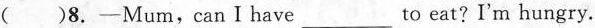
()8.-Mum,canIhave_ to eat? I'm hungry.